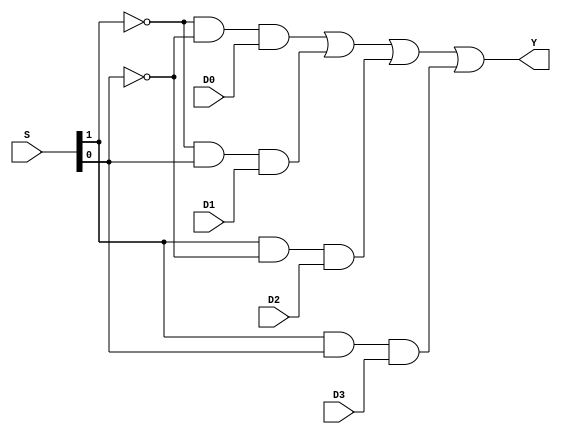
module Mux4to1(
    input  [1:0] S,
    input  D0,
    input  D1,
    input  D2,
    input  D3,
    output Y
    );
    assign Y=((~S[1]&~S[0])&D0)|((~S[1]&S[0])&D1)|((S[1]&~S[0])&D2)|((S[1]&S[0])&D3);
    endmodule